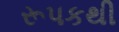
રૂપકથી